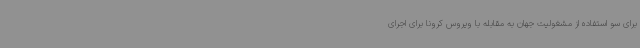
برای سو استفاده از مشغولیت جهان به مقابله با ویروس کرونا برای اجرای